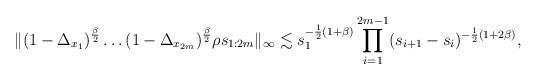
LaTeX: \begin{align*} \|(1-\Delta_{x_1})^{\frac\beta2}\dots(1-\Delta_{x_{2m}})^{\frac\beta2} \rho{s_{1:2m}}\|_\infty \lesssim s_1^{-\frac12(1+\beta)}\prod_{i=1}^{2m-1}(s_{i+1}-s_i)^{-\frac12(1+2\beta)},\end{align*}